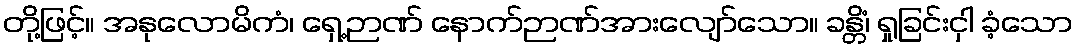
တို့ဖြင့်။ အနုလောမိကံ၊ ရှေ့ဉာဏ် နောက်ဉာဏ်အားလျော်သော။ ခန္တိံ၊ ရှုခြင်းငှါ ခံ့သော